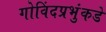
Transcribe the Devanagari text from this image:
गोविंदप्रभुंकडे